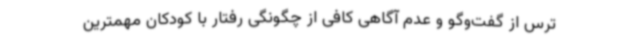
ترس از گفت‌وگو و عدم آگاهی کافی از چگونگی رفتار با کودکان مهمترین